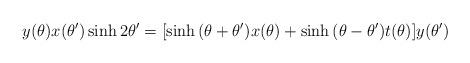
LaTeX: \begin{align*}y(\theta)x(\theta^\prime)\sinh2\theta^\prime=[\sinh{(\theta+\theta^\prime)} x(\theta) +\sinh{(\theta-\theta^\prime)} t(\theta)] y(\theta^\prime)\end{align*}